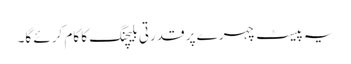
یہ پیسٹ چہرے پر قدرتی بلیچنگ کا کام کرئے گا۔